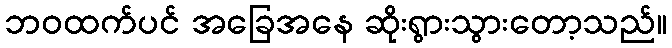
ဘဝထက်ပင် အခြေအနေ ဆိုးရွားသွားတော့သည်။